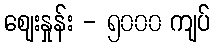
ဈေးနှုန်း - ၅၀၀၀ ကျပ်